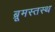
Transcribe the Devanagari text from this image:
ब्रूमस्तस्थ